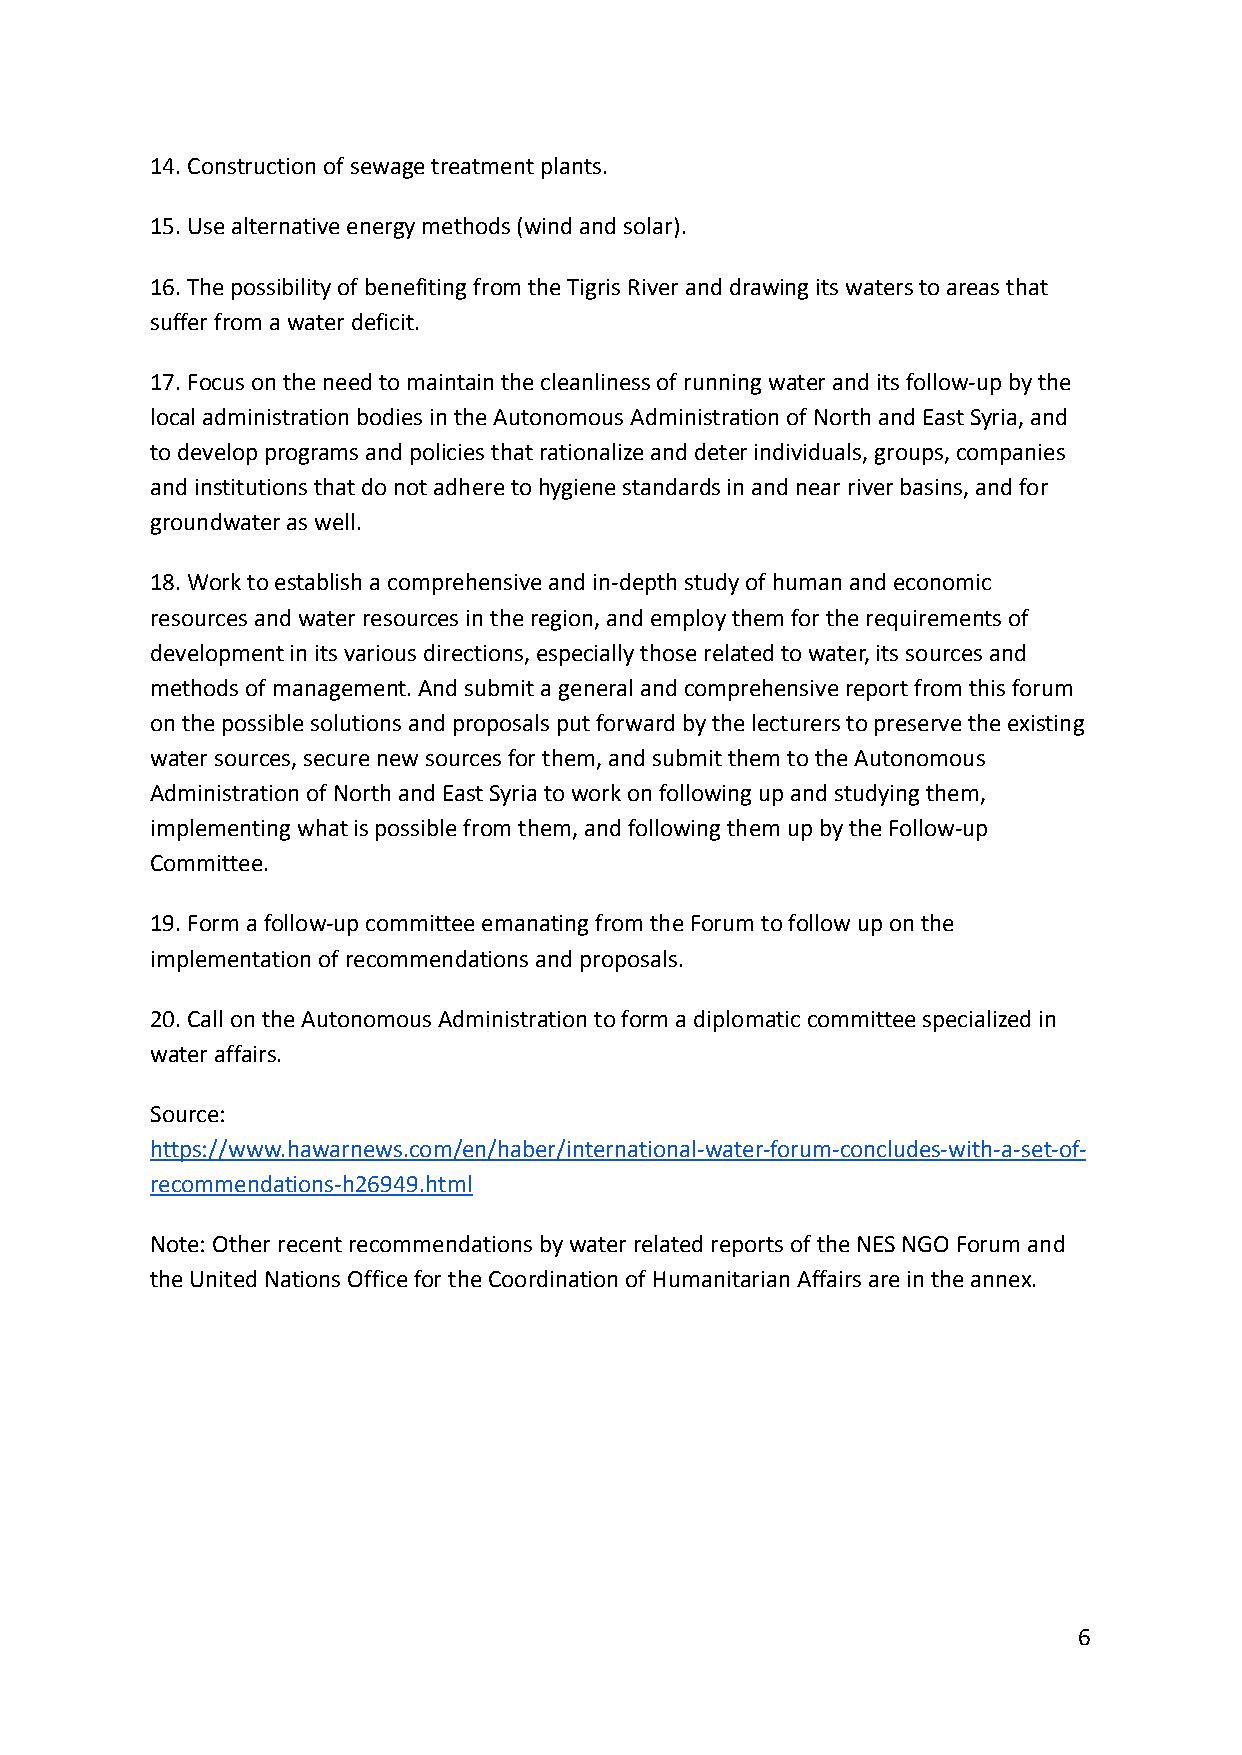
14. Construction of sewage treatment plants.
 15. Use alternative energy methods (wind and solar).
 16. The possibility of benefiting from the Tigris River and drawing its waters to areas that
 suffer from a water deficit.
 17. Focus on the need to maintain the cleanliness of running water and its follow-up by the
 local administration bodies in the Autonomous Administration of North and East Syria, and
 to develop programs and policies that rationalize and deter individuals, groups, companies
 and institutions that do not adhere to hygiene standards in and near river basins, and for
 groundwater as well.
 18. Work to establish a comprehensive and in-depth study of human and economic
 resources and water resources in the region, and employ them for the requirements of
 development in its various directions, especially those related to water, its sources and
 methods of management. And submit a general and comprehensive report from this forum
 on the possible solutions and proposals put forward by the lecturers to preserve the existing
 water sources, secure new sources for them, and submit them to the Autonomous
 Administration of North and East Syria to work on following up and studying them,
 implementing what is possible from them, and following them up by the Follow-up
 Committee.
 19. Form a follow-up committee emanating from the Forum to follow up on the
 implementation of recommendations and proposals.
 20. Call on the Autonomous Administration to form a diplomatic committee specialized in
 water affairs.
 Source:
 https://www.hawarnews.com/en/haber/international-water-forum-concludes-with-a-set-of-
 recommendations-h26949.html
 Note: Other recent recommendations by water related reports of the NES NGO Forum and
 the United Nations Office for the Coordination of Humanitarian Affairs are in the annex.
 6